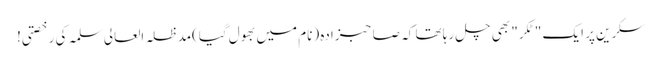
سکرین پر ایک "ٹکر" بھی چل رہا تھا کہ صاحبزادہ (نام میں بھول گیا)مدظلہ العالی سلمہ کی رخصتی!